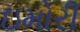
ઇમોરી